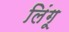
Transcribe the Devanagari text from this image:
लिंगू